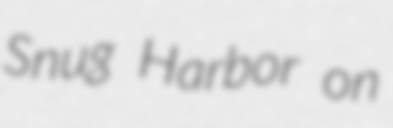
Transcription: Snug Harbor on